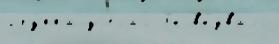
гру́ппа уjе́хал бы вы́звало